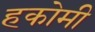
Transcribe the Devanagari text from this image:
हकोमी